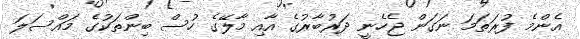
އެންމެ ފުރަތަމަ ނަގަން ޖެހެނީ ދަރުބާރުގެ އާއި މާލޭގެ ހުސް ބިންތަކުގެ މައްސަލަ